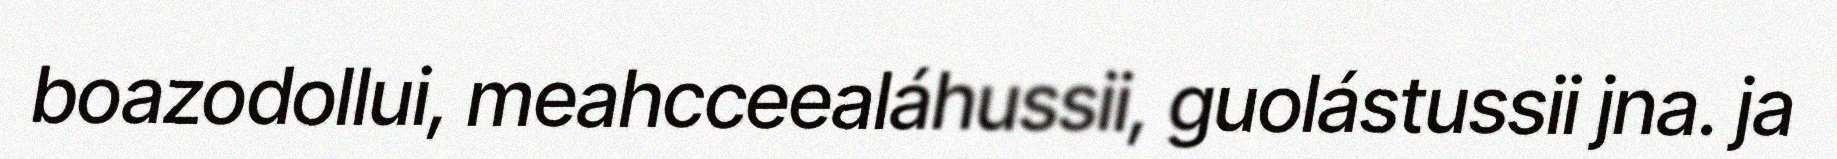
boazodollui, meahcceealáhussii, guolástussii jna. ja